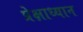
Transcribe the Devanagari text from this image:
प्रेक्षाध्यान